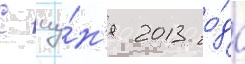
С иу́н'я 2013 го́да